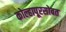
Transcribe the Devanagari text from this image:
कोल्हापूरसोबत